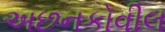
અછનકોવીલ